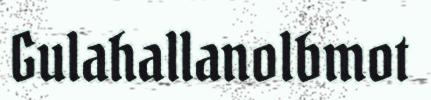
Gulahallanolbmot